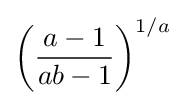
\left({\frac {a-1}{ab-1}}\right)^{1/a}